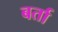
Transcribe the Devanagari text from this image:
बर्ता